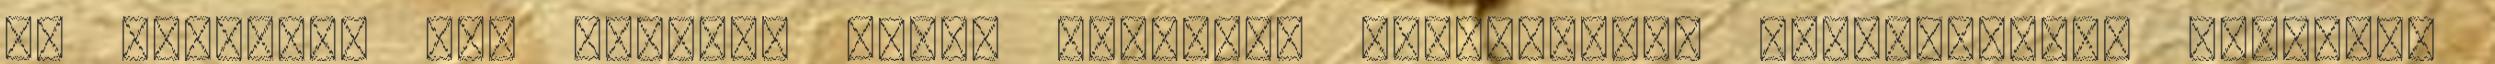
és kutyákat is” amikkel magát próbálja nyertesként feltüntetni. „Mostani